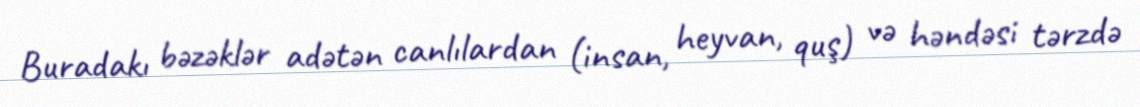
Buradakı bəzəklər adətən canlılardan (insan, heyvan, quş) və həndəsi tərzdə